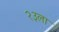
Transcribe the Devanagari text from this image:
२३ला